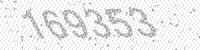
Solution: 169353